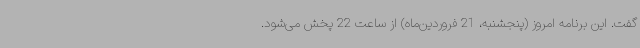
گفت. این برنامه امروز (پنجشنبه، 21 فروردین‌ماه) از ساعت 22 پخش می‌شود.